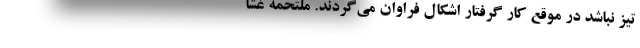
تیز نباشد در موقع کار گرفتار اشکال فراوان می‌گردند. مُلتَحِمه غشا